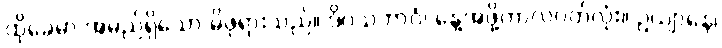
ထိုခေမာ အမည်ရှိသော မိဖုရားသည်။ ဒိဝသဘာဂံ၊ နေ့အဖို့ကာလပတ်လုံး။ ဥယျာနေ၊